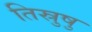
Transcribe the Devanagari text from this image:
तिस्रुषु